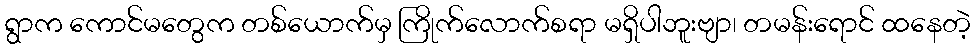
ရွာက ကောင်မတွေက တစ်ယောက်မှ ကြိုက်လောက်စရာ မရှိပါဘူးဗျာ၊ တမန်းရောင် ထနေတဲ့